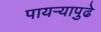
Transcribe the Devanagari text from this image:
पायऱ्यापुढे